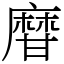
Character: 𤯌